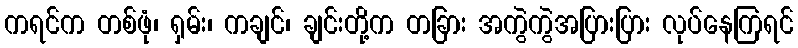
ကရင်က တစ်ဖုံ၊ ရှမ်း၊ ကချင်၊ ချင်းတို့က တခြား အကွဲကွဲအပြားပြား လုပ်နေကြရင်